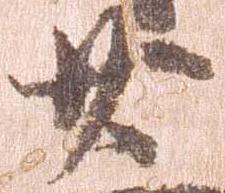
廿